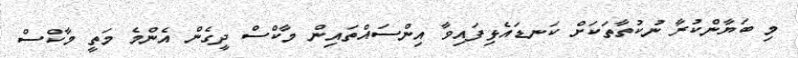
މި ބަޔާންކުރާ ނުކުތާތަކަށް ކަނޑައެޅިފައިވާ އިންސައްތައިން މާކްސް ދީގެން އެންމެ މަތީ މާކްސް